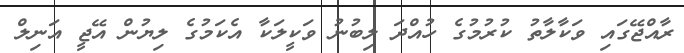
ރާއްޖޭގައި ވަކާލާތު ކުރުމުގެ ހުއްދަ ލިބުނު ވަކީލަކާ އެކަމުގެ ލިޔުން އޭޖީ އަނިލް